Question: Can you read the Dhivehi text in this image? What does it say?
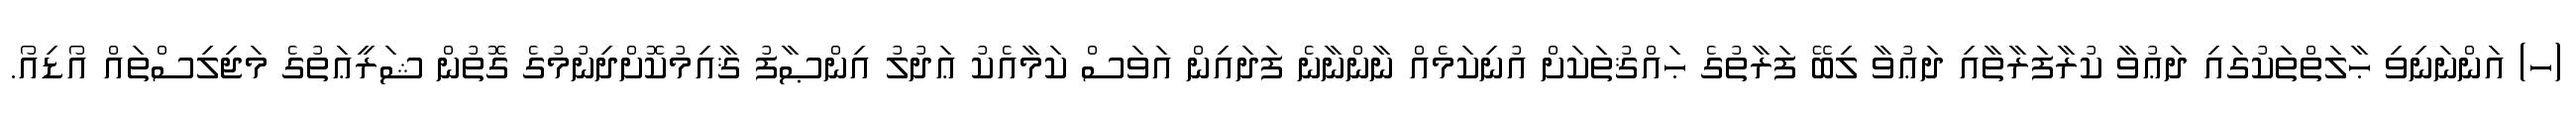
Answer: (ހ) އަންނަނިވި ޙާލަތްތަކުގައި ދަޢުވާ ކުރާފަރާތާއި ދަޢުވާ ލިބޭ ފަރާތުގެ ޙައްޤުތަކަށް އުނިކަމެއް ނާންނާނެ ފަދައިން އަވަސް ކަމާއެކު ޢަދުލު އިންޞާފު ޤާއިމުކޮށްދިނުމުގެ ގޮތުން ޝަރީޢަތުގެ މަޖިލިސްތައް އޯޑިއޯ.